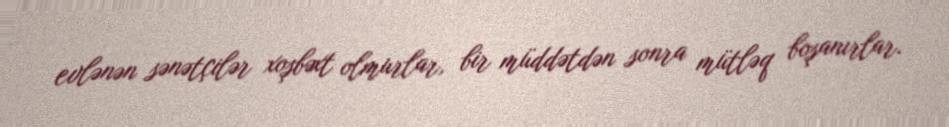
evlənən sənətçilər xoşbəxt olmurlar, bir müddətdən sonra mütləq boşanırlar.